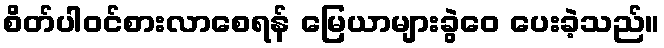
စိတ်ပါဝင်စားလာစေရန် မြေယာများခွဲဝေ ပေးခဲ့သည်။